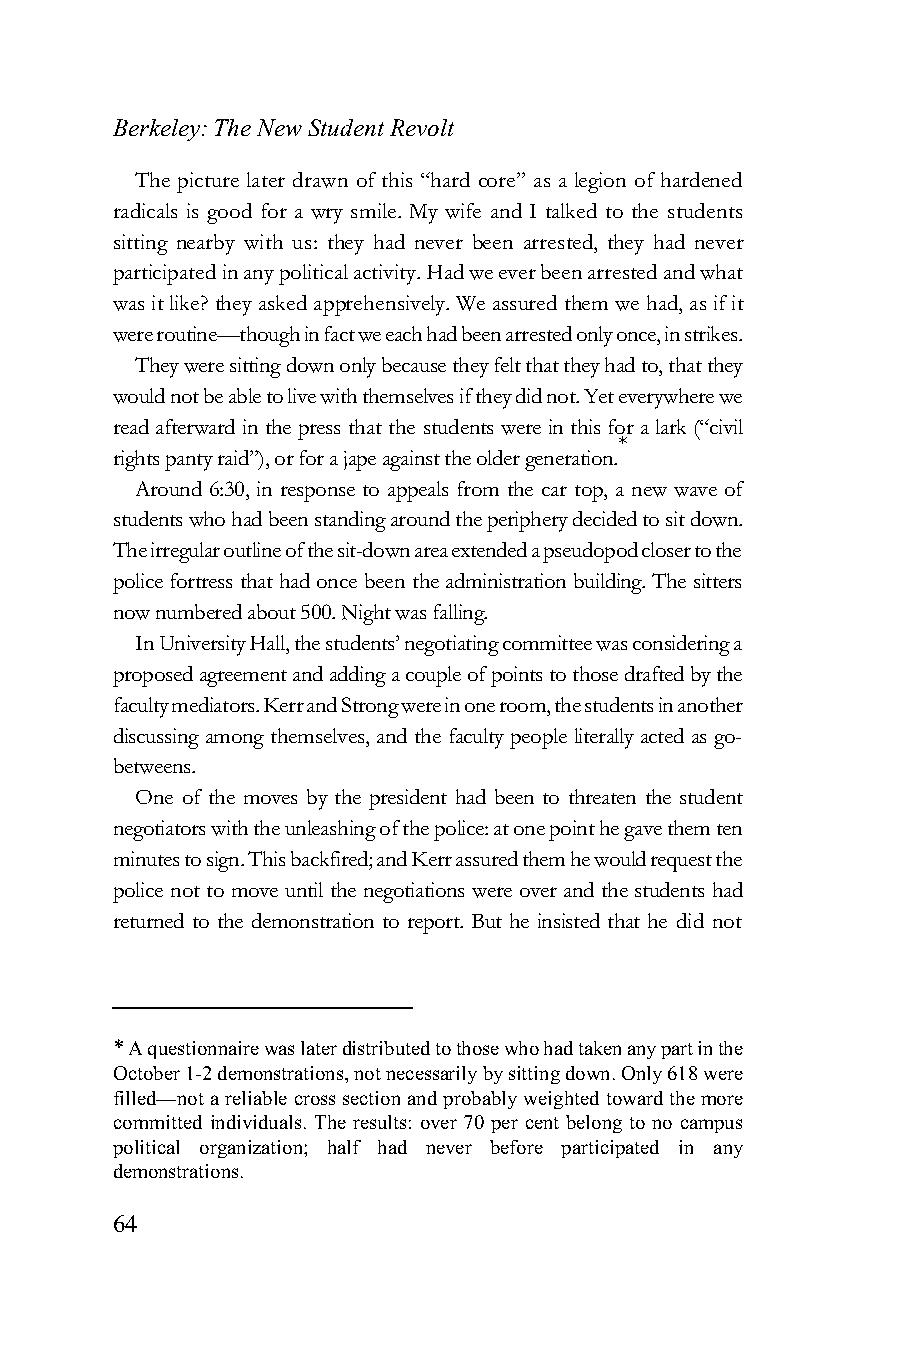
Berkeley: The New Student Revolt
 The picture later drawn of this “hard core” as a legion of hardened
 radicals is good for a wry smile. My wife and I talked to the students
 sitting nearby with us: they had never been arrested, they had never
 participated in any political activity. Had we ever been arrested and what
 was it like? they asked apprehensively. We assured them we had, as if it
 were routine—though in fact we each had been arrested only once, in strikes.
 They were sitting down only because they felt that they had to, that they
 would not be able to live with themselves if they did not. Yet everywhere we
 read afterward in the press that the students were in this for a lark (“civil
 *
 rights panty raid”), or for a jape against the older generation.
 Around 6:30, in response to appeals from the car top, a new wave of
 students who had been standing around the periphery decided to sit down.
 The irregular outline of the sit-down area extended a pseudopod closer to the
 police fortress that had once been the administration building. The sitters
 now numbered about 500. Night was falling.
 In University Hall, the students’ negotiating committee was considering a
 proposed agreement and adding a couple of points to those drafted by the
 faculty mediators. Kerr and Strong were in one room, the students in another
 discussing among themselves, and the faculty people literally acted as go-
 betweens.
 One of the moves by the president had been to threaten the student
 negotiators with the unleashing of the police: at one point he gave them ten
 minutes to sign. This backfired; and Kerr assured them he would request the
 police not to move until the negotiations were over and the students had
 returned to the demonstration to report. But he insisted that he did not
 * A questionnaire was later distributed to those who had taken any part in the
 October 1-2 demonstrations, not necessarily by sitting down. Only 618 were
 filled—not a reliable cross section and probably weighted toward the more
 committed individuals. The results: over 70 per cent belong to no campus
 political organization; half had never before participated in any
 demonstrations.
 64